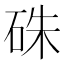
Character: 硃